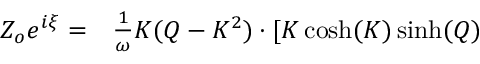
\begin{array} { r l } { Z _ { o } e ^ { i \xi } = } & { { } \frac { 1 } { \omega } K ( Q - K ^ { 2 } ) \cdot [ K \cosh ( K ) \sinh ( Q ) } \end{array}